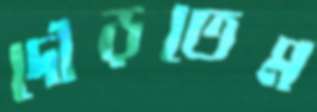
দৌড়তেম